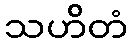
သဟိတံ